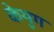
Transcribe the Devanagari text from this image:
केयुग